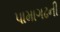
પામાગઢની